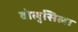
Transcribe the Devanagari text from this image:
वोलुसिला